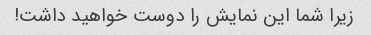
زیرا شما این نمایش را دوست خواهید داشت!